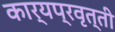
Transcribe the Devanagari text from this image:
कार्यप्रवृत्ती